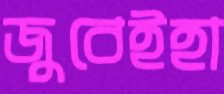
জুবেইহা